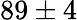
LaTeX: {89\pm 4}